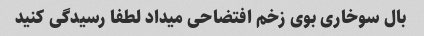
بال سوخاری بوی زخم افتضاحی میداد لطفا رسیدگی کنید